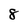
Character: 8